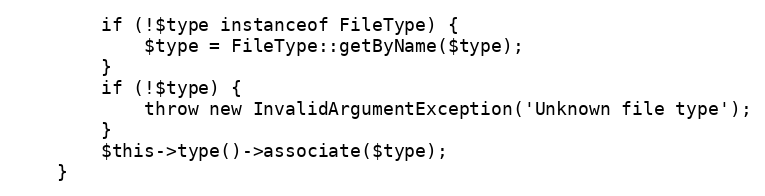
Language: PHP
        if (!$type instanceof FileType) {
            $type = FileType::getByName($type);
        }
        if (!$type) {
            throw new InvalidArgumentException('Unknown file type');
        }
        $this->type()->associate($type);
    }